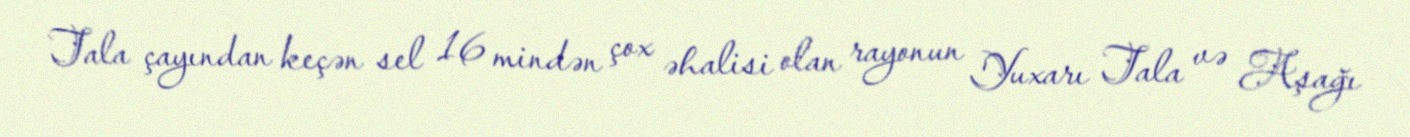
Tala çayından keçən sel 16 mindən çox əhalisi olan rayonun Yuxarı Tala və Aşağı